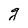
Character: g